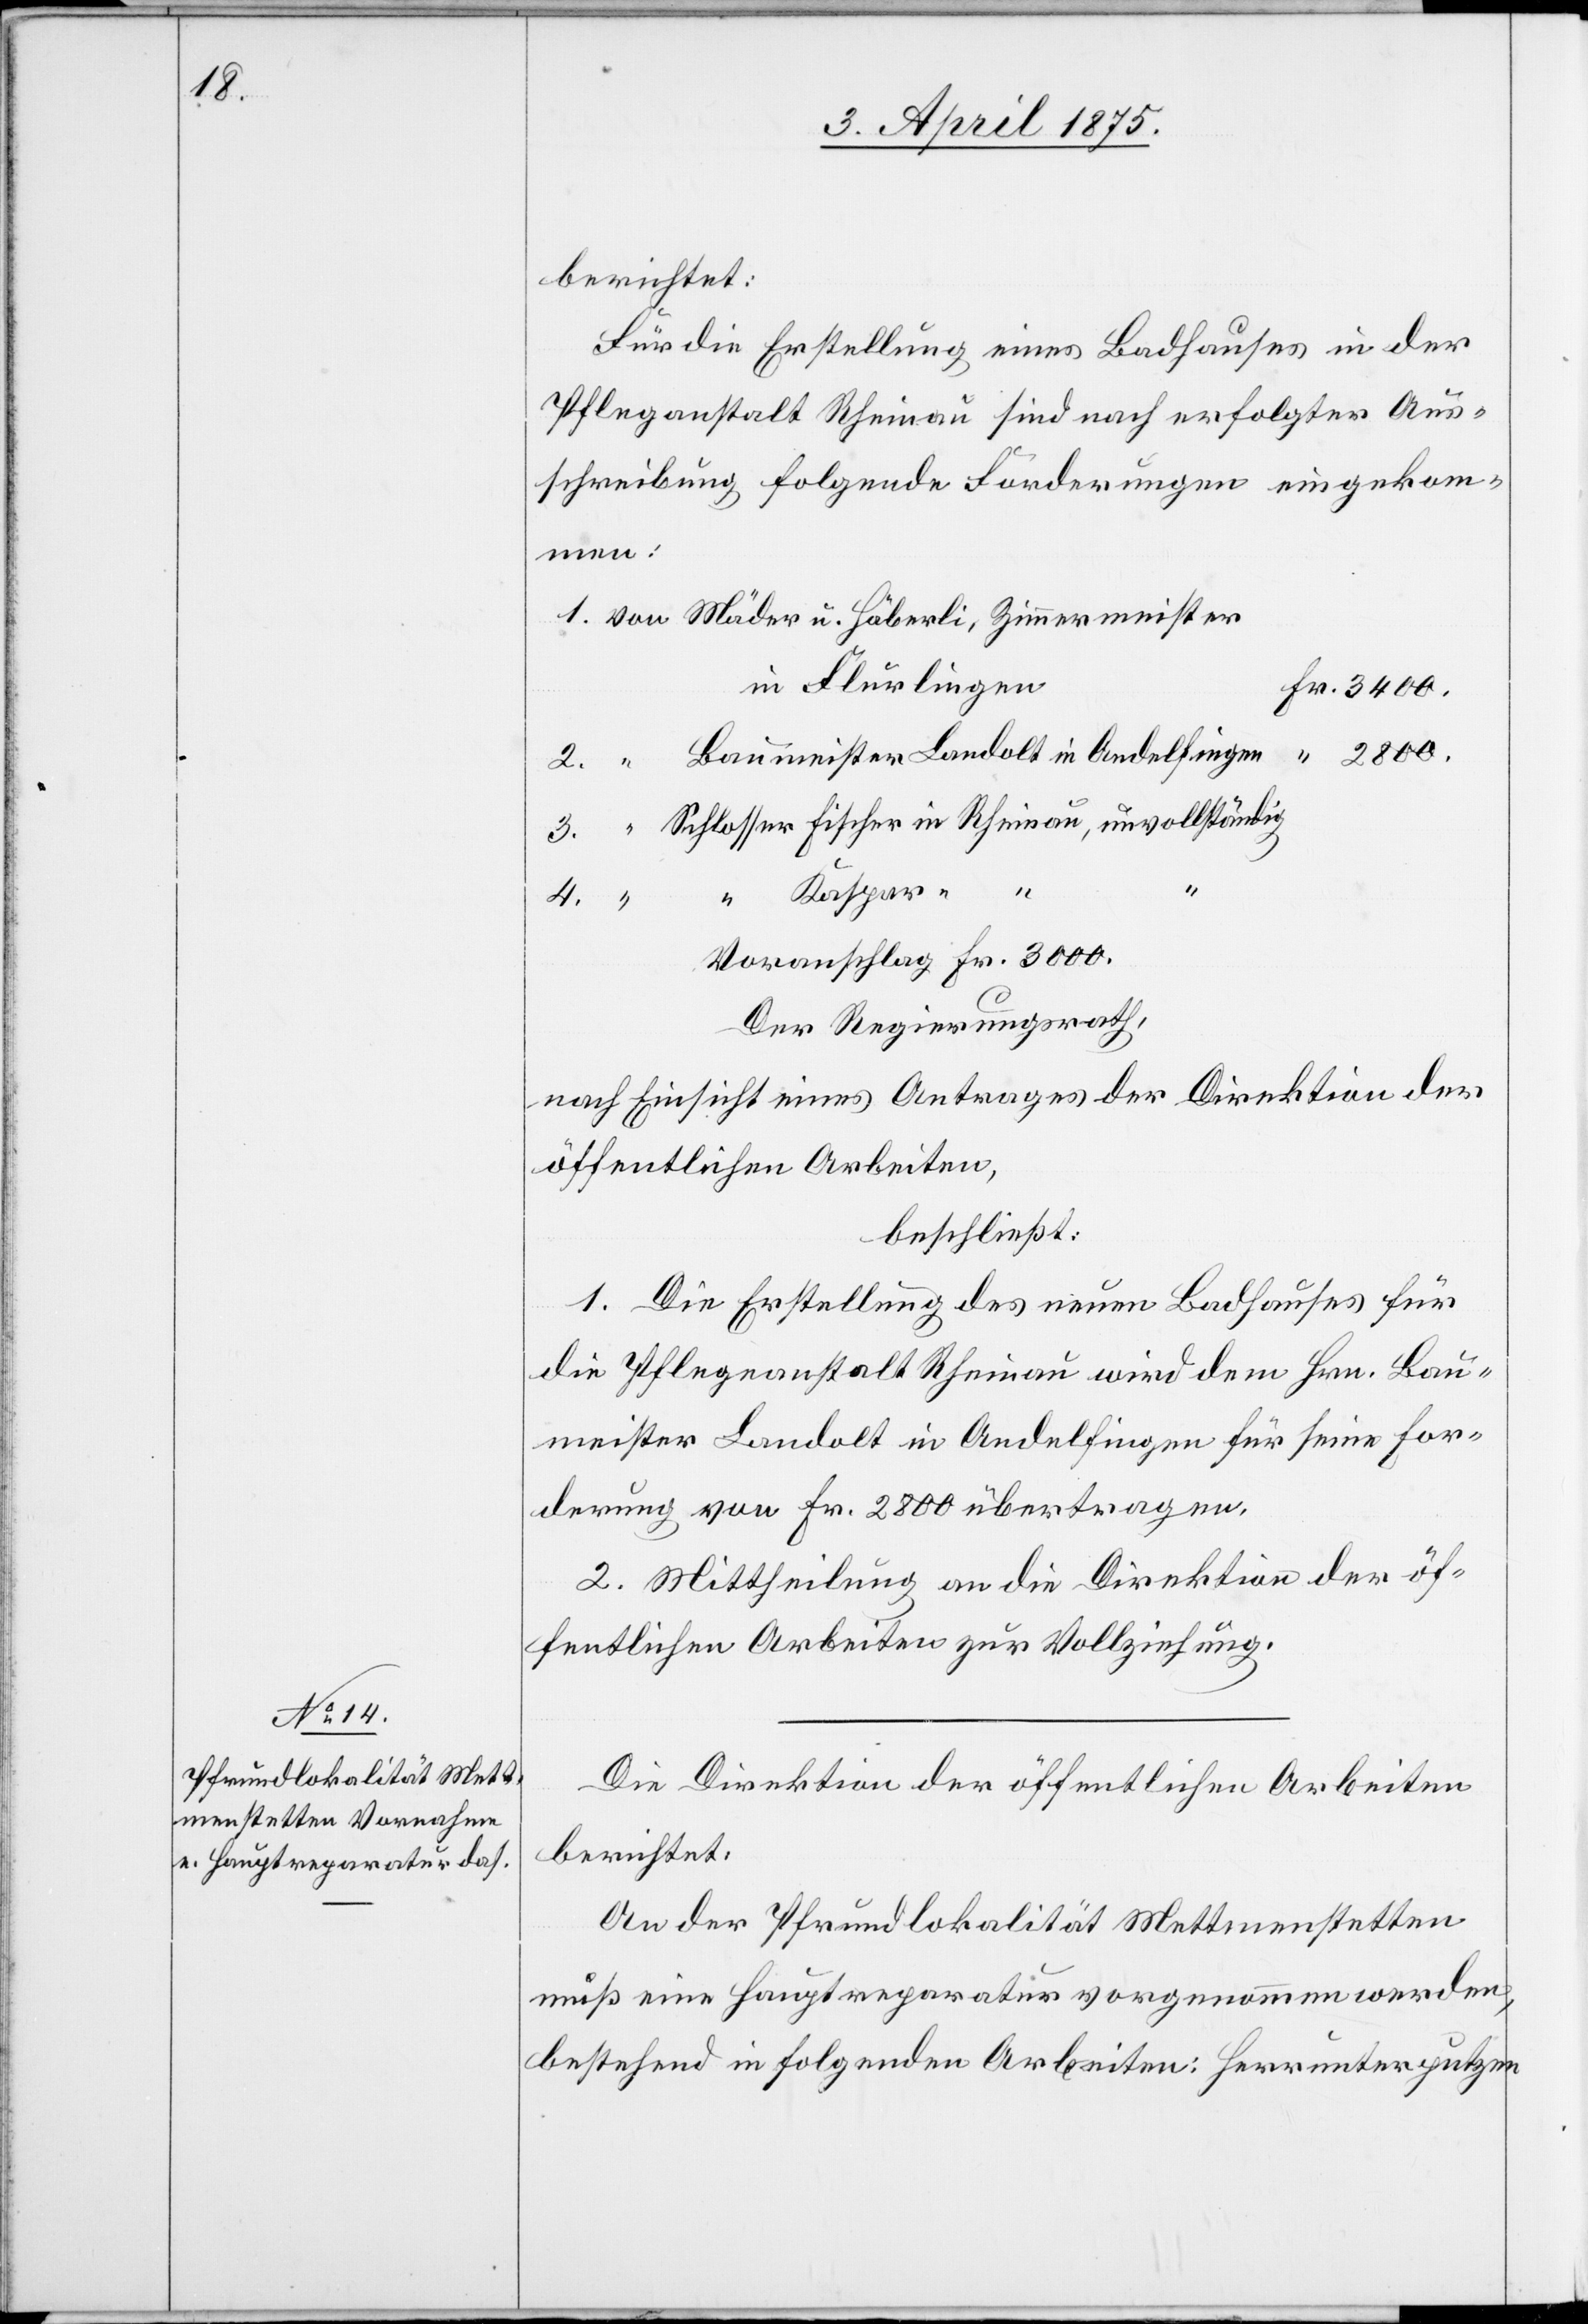
4.

berichtet:
Für die Erstellung eines Badhauses in der
Pflegeanstalt Rheinau sind nach erfolgter Aus¬
schreibung folgende Forderungen eingekom¬
men:
Flurlingen
2800.
3400.
Voranschlag Fr. 3000.
Der Regierungsrath,
nach Einsicht eines Antrages der Direktion der
öffentlichen Arbeiten,
beschließt:
1. Die Erstellung des neuen Badhauses für
die Pflegeanstalt Rheinau wird dem Hrn. Bau¬
meister Landolt in Andelfingen für seine For¬
derung von Fr. 2800 übertragen.
2. Mittheilung an die Direktion der öf¬
fentlichen Arbeiten zur Vollziehung.
Die Direktion der öffentlichen Abreiten
berichtet:
An der Pfrundlokalität Mettmenstetten
muß eine Hauptreparatur vorgenommen werden,
bestehend in folgenden Arbeiten: Herrunterputzen